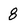
Character: 8